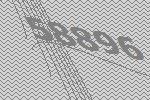
58896